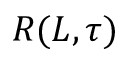
R ( L , \tau )